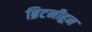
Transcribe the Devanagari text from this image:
ब्रिटनीहून